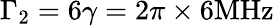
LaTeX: {\Gamma_{2}}=6\gamma=2\pi\times 6\mathrm{{MHz}}